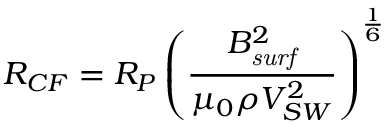
R _ { C F } = R _ { P } \left( { \frac { B _ { \it { s u r f } } ^ { 2 } } { \mu _ { 0 } \rho V _ { S W } ^ { 2 } } } \right) ^ { \frac { 1 } { 6 } }